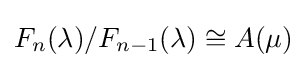
F_{n}(\lambda )/F_{n-1}(\lambda )\cong A(\mu )